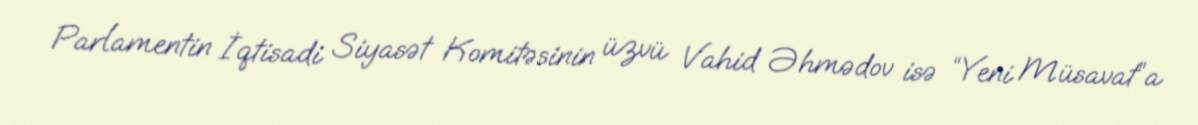
Parlamentin İqtisadi Siyasət Komitəsinin üzvü Vahid Əhmədov isə “Yeni Müsavat”a